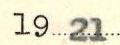
1921